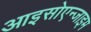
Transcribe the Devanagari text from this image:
आइसोएन्जाइम